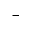
^ -